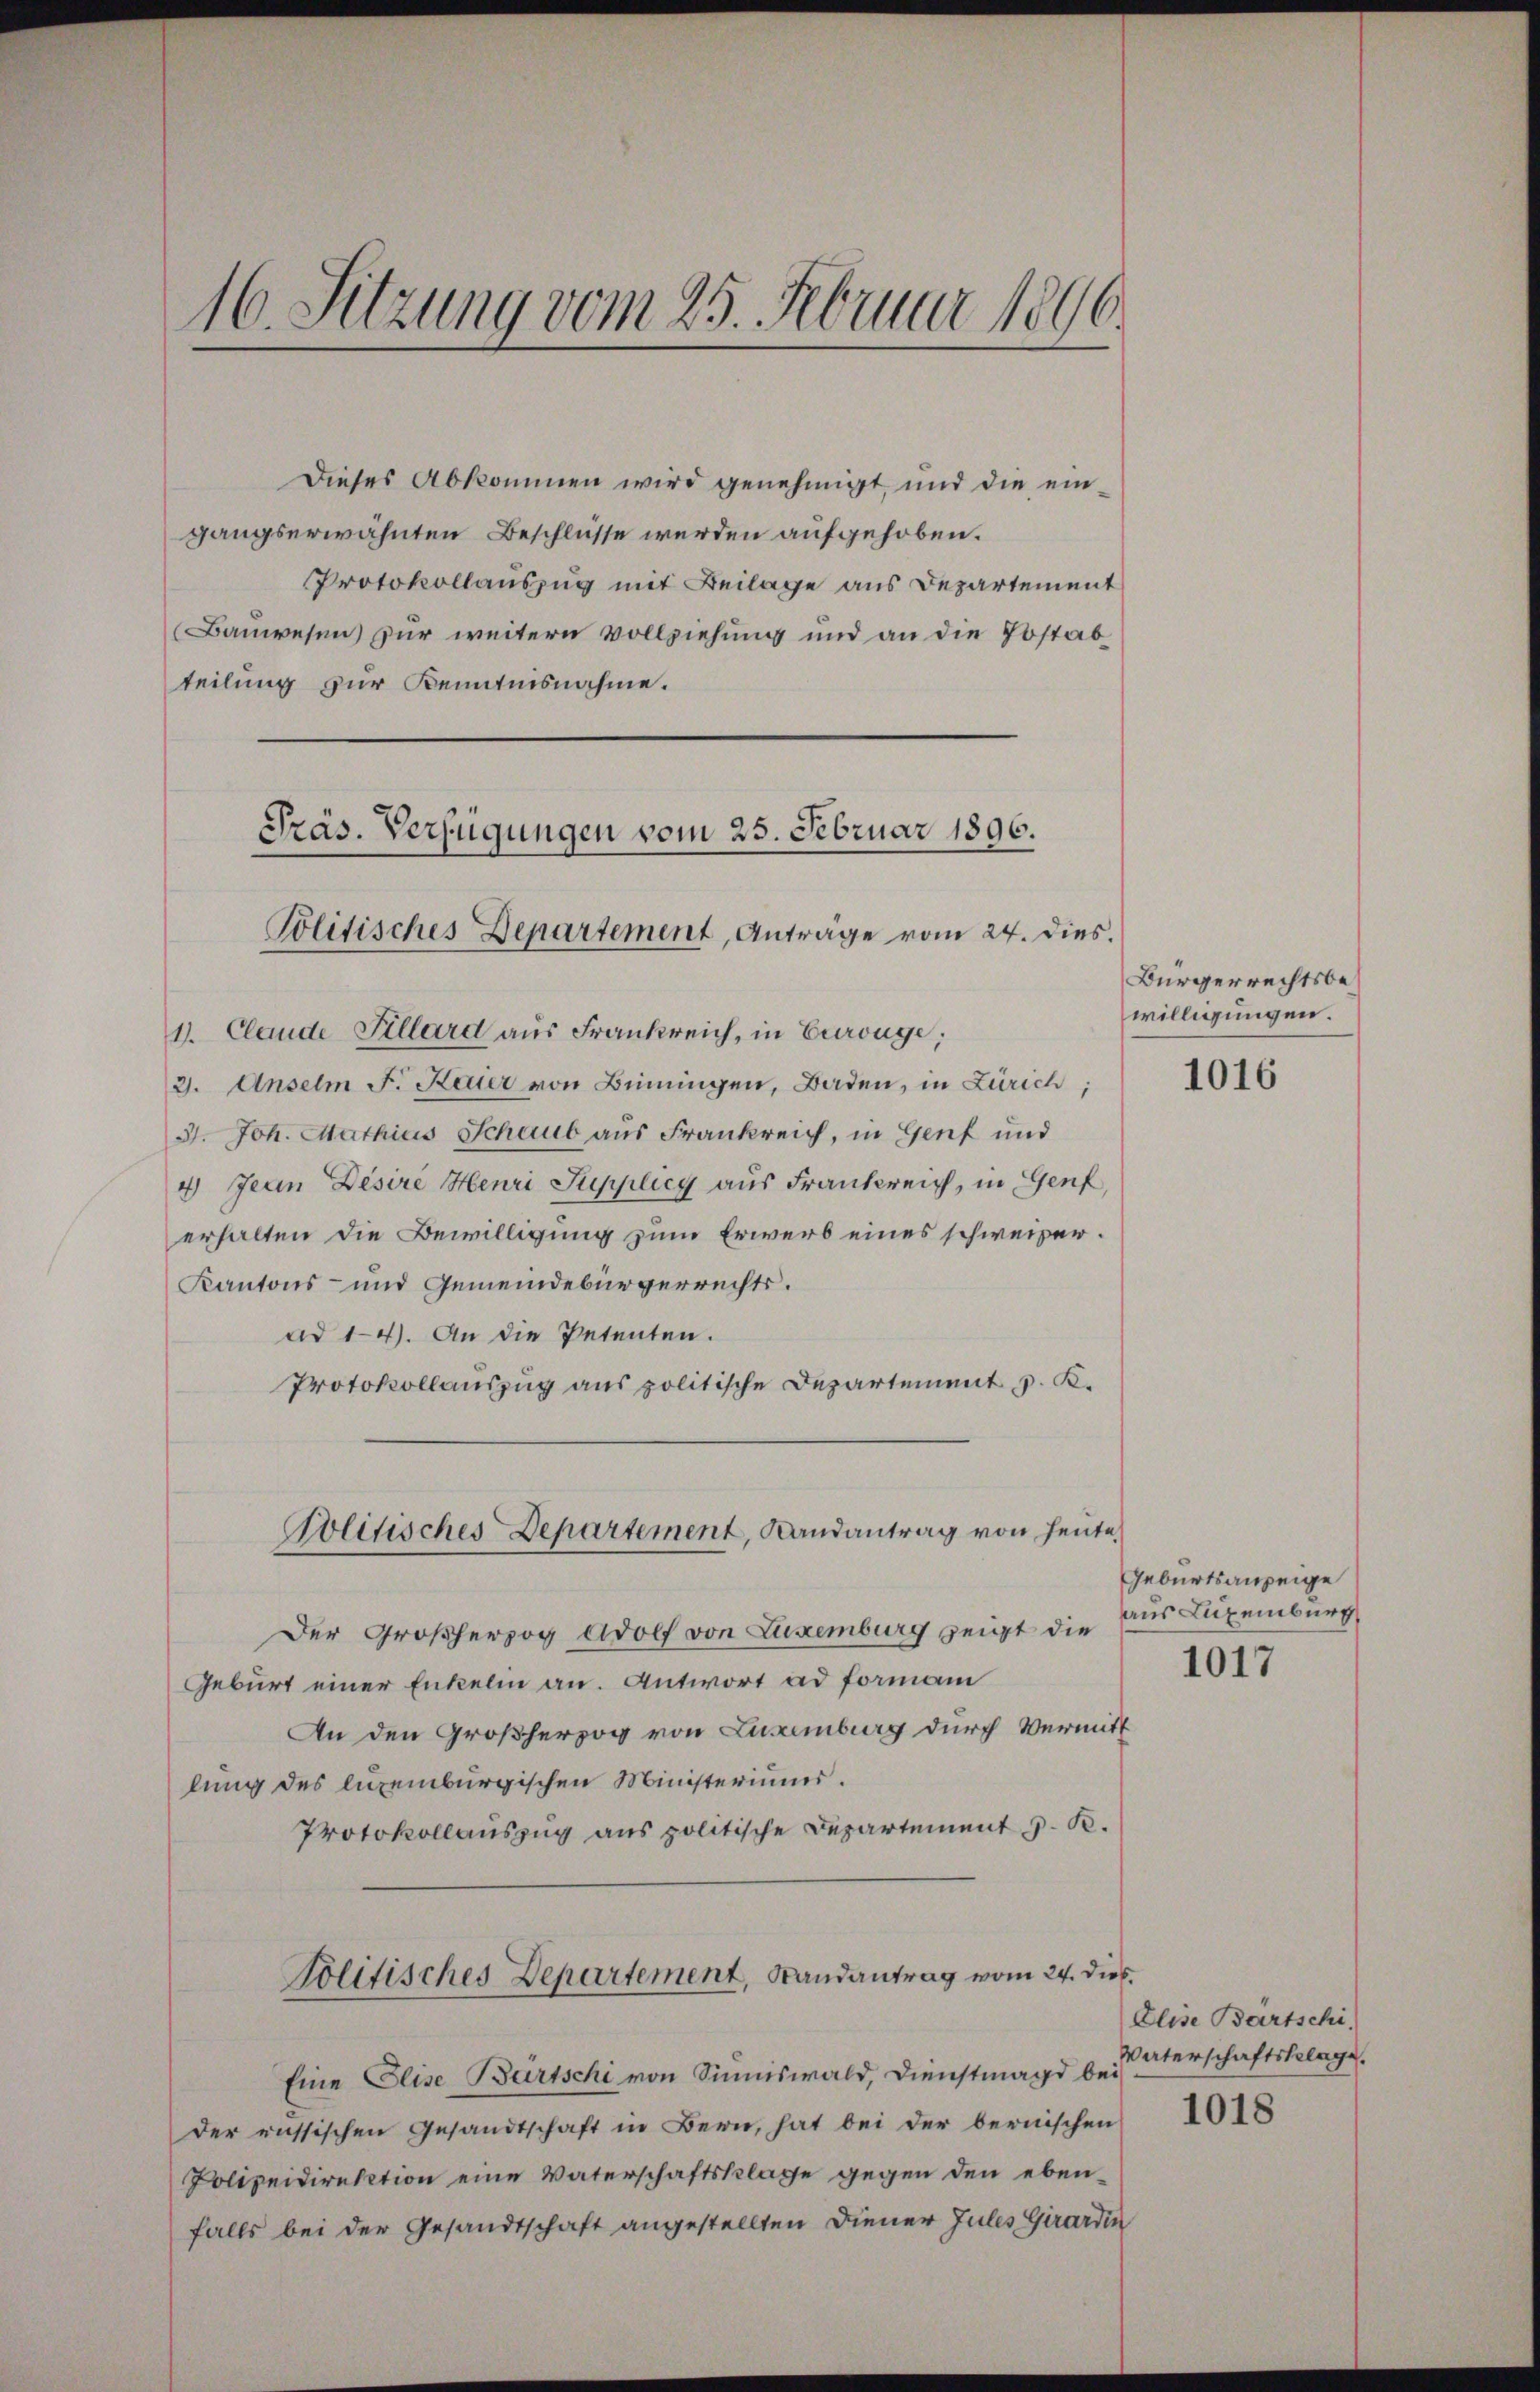
16. Sitzung vom 25. Februar 1896.

Präs. Verfügungen vom 25. Februar 1896.
Politisches Departement, Antrage vom 24. dies.

Dieses Abkommen wird genehmigt, und die eingangserwähnten Beschlüsse werden aufgehoben.
Protokollauszug mit Beilage aus Departement
Bauwesen zur weitern Vollziehung und an die Postab
teilung zur Kenntnisnahme.

1. Claude Fillard aus Frankreich, in Euroüge;
3. Anselm F. Ketter von Benningen, Baden, in Zürich;
3. Joh. Mathias Schaub aus Frankreich, in Genf und
4 Jean Desire Henri Supplicy aus Frankreich, in Genf,
erhalten die Bewilligung zum Erwerb eines schweizer.
Kantons- und Gemeindebürgerrechts.
ad 14. An die Petenten.
Protokollauszug aus politische Departement z. K.
Politisches Departement, Landantrag von heute,
Der Großherzog Adolf von Luxenburg zeigt die
Geburt einer Enkelin an. Antwort ad formann
An den Großherzog von Luzemberg durch Vermitt
lung des luxenburgischen Ministeriums.
Protokollauszug aus politische Departement J. R.

Politisches Departement, Randantrag vom 24. dies

Eine Elise Bartschi von Sinniswald, Dienstmagd bei
der russischen Gesandtschaft in Bern, hat bei der bernischen
Polizeidirektion eine Vaterschaftsklage gegen den eben-
falls bei der Gesandtschaft angestellten Diener Jules Girardin

Bürgerrechtsbewilligungen.

1016

Geburtsanzeige
aus Luxenburg

1017

Elise Bartschi.
Vaterschaftsbelage.
1018